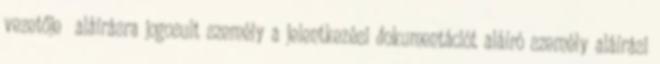
vezetője aláírásra jogosult személy a jelentkezési dokumentációt aláíró személy aláírási